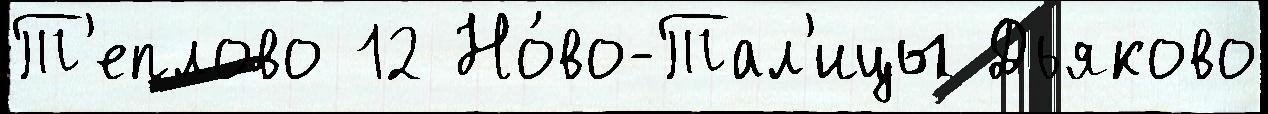
Т'еплово 12 Но́во-Тал'ицы Дьяково